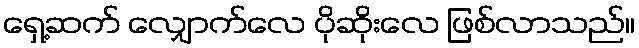
ရှေ့ဆက် လျှောက်လေ ပိုဆိုးလေ ဖြစ်လာသည်။